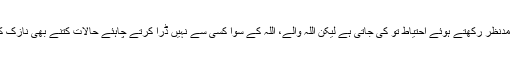
حالات کو مدنظر رکھتے ہوئے احتیاط تو کی جاتی ہے لیکن اللہ والے، اللہ کے سوا کسی سے نہیں ڈرا کرتے چاہئے حالات کتنے بھی نازک کیوں نہ ہو۔